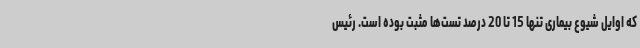
که اوایل شیوع بیماری تنها 15 تا 20 درصد تست‌ها مثبت بوده است. رئیس